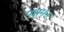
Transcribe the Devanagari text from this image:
पशुमन